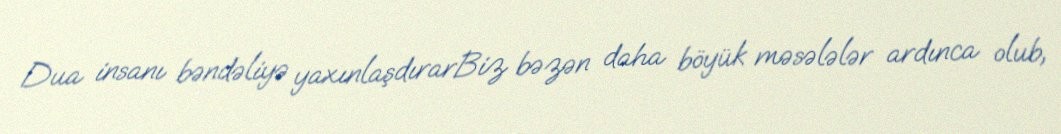
Dua insanı bəndəliyə yaxınlaşdırarBiz bəzən daha böyük məsələlər ardınca olub,